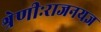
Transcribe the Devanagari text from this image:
श्रेणीःराजनयज्ञ